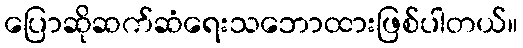
ပြောဆိုဆက်ဆံရေးသဘောထားဖြစ်ပါတယ်။